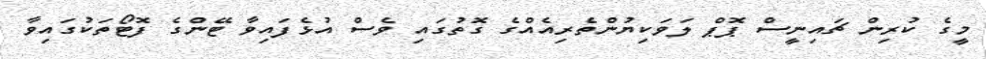
މީގެ ކުރިން ޗައިނީސް ޕޮޕް ލަވަކިޔުންތެރިއެއްގެ ގޮތުގައި ވެސް އުޅެފައިވާ ޓޭންގެ ފޮޓޯތަކުގައިވާ